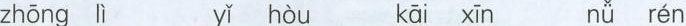
zhōng lì yǐ hòu kāi xīn nǔ rén